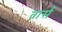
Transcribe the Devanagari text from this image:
तार्स